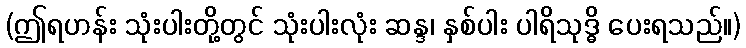
(ဤရဟန်း သုံးပါးတို့တွင် သုံးပါးလုံး ဆန္ဒ၊ နှစ်ပါး ပါရိသုဒ္ဓိ ပေးရသည်။)